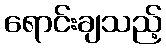
ရောင်းချသည့်